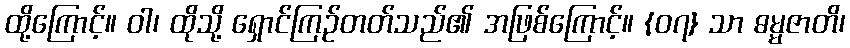
ထို့ကြောင့်။ ဝါ၊ ထိုသို့ ရှောင်ကြဉ်တတ်သည်၏ အဖြစ်ကြောင့်။ {၀၇} သာ ဓမ္မဇာတိ၊